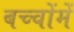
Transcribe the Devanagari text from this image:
बच्‍चोंमें